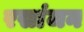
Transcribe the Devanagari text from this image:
रसांजन